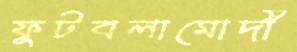
ফুটবলামোদী